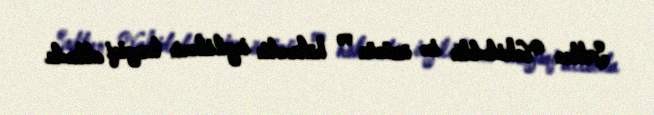
Sultan Vahidəddin isə özünün və hökumətin ingilislərin təzyiqi altında